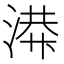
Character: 𫞙